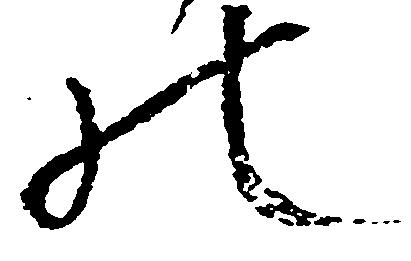
の